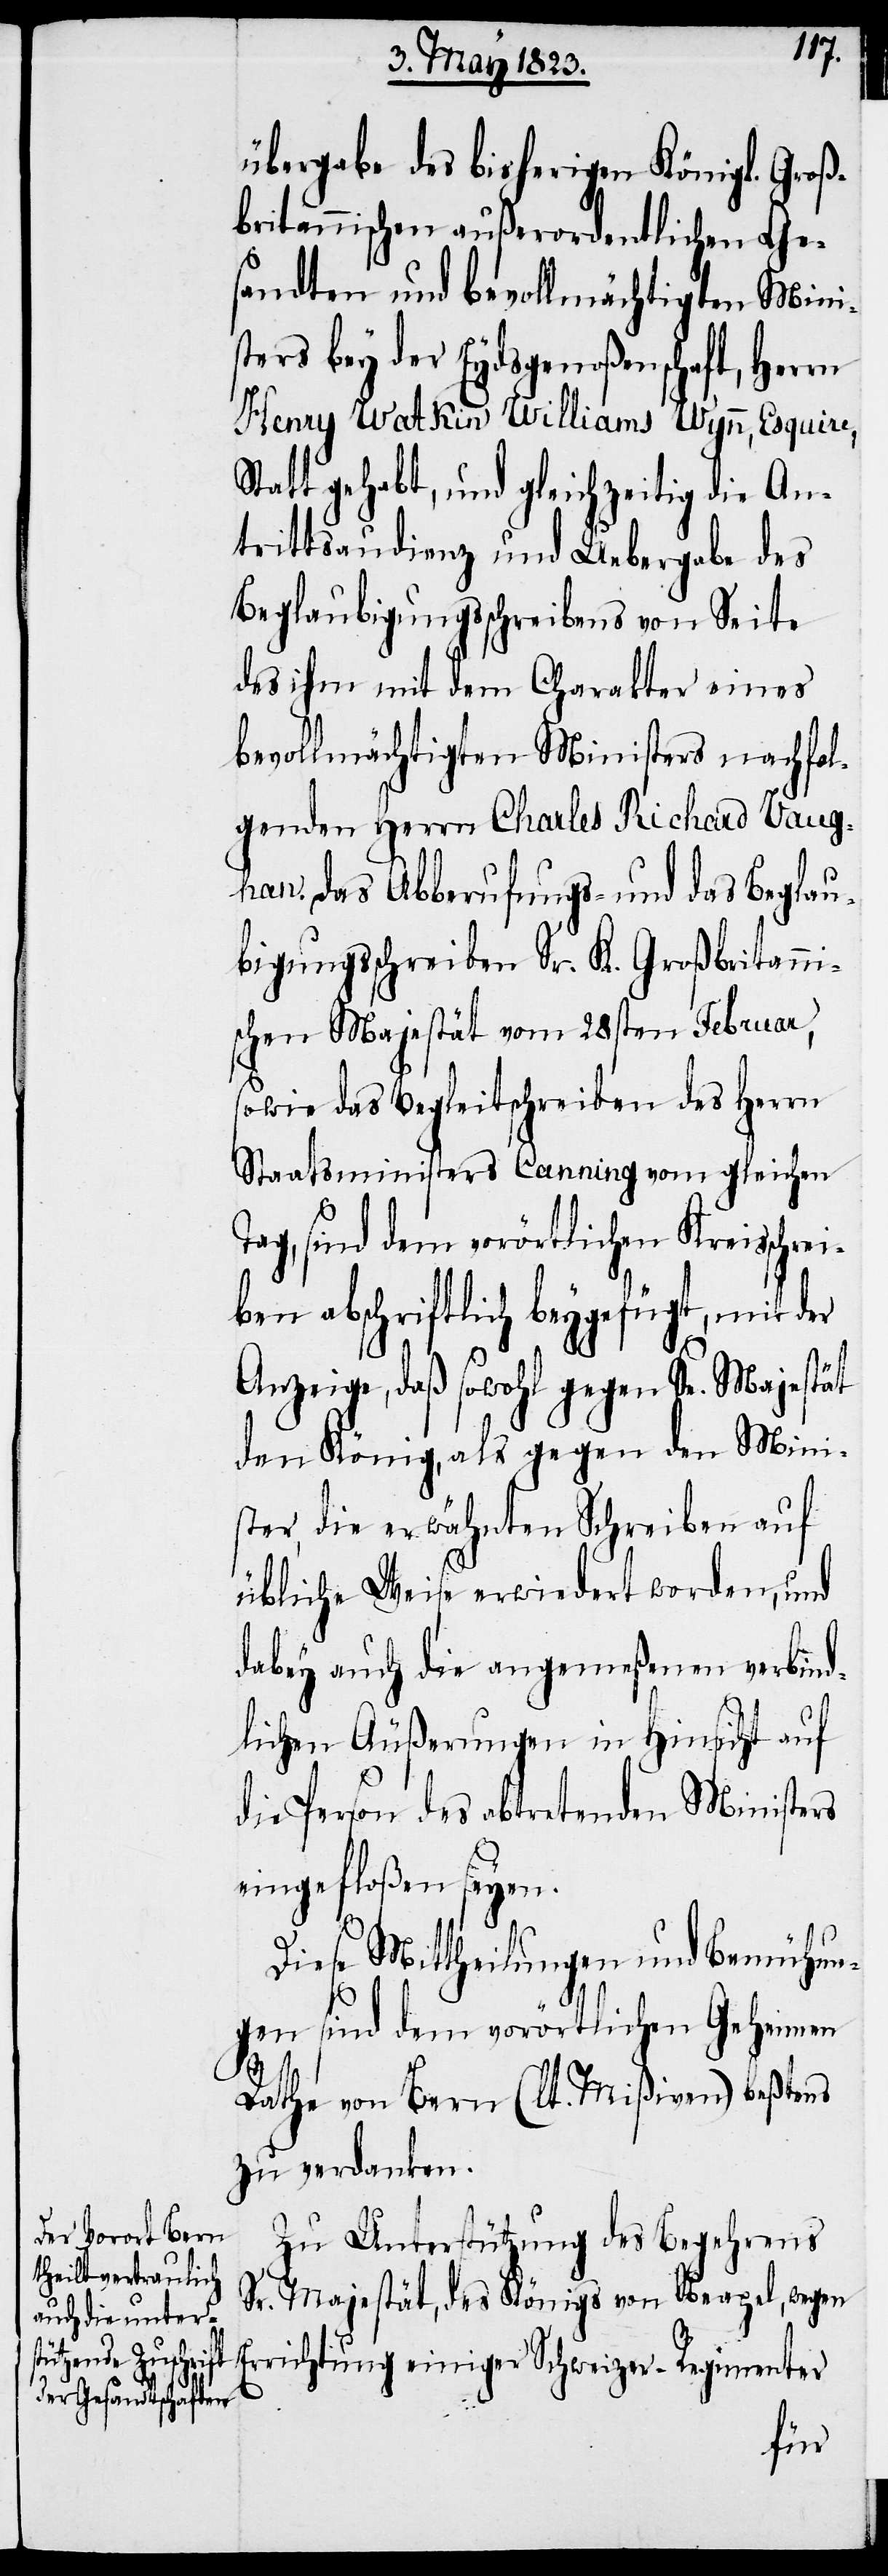
übergabe des bisherigen Königl. Groß¬
britannischen außerordentlichen Ge¬
sandten und bevollmächtigten Mini¬
sters bey der Eydsgenoßenschaft, Herrn
Henry Watkin Williams Wynn, Esquire,
Statt gehabt, und gleichzeitig die An¬
trittsaudienz und Uebergabe des
Beglaubigungsschreibens von Seite
des ihm mit dem Charakter eines
bevollmächtigten Ministers nachfol¬
genden Herrn Charles Richard Vaug¬
han, das Abberufungs- und das Beglau¬
bigungsschreiben Sr. K. Großbritanni¬
schen Majestät vom 28sten Februar,
sowie das Begleitschreiben des Herrn
Staatsministers Canning vom gleichen
Tag, sind dem vorörtlichen Kreisschre¬
iben abschriftlich beygefügt, mit der
Anzeige, daß sowohl gegen Se. Majestät
den König, als gegen den Mini¬
ster, die erwähnten Schreiben auf
übliche Weise erwiedert worden, und
dabey auch die angemeßenen verbind¬
lichen Äußerungen in Hinsicht auf
die Person des abtretenden Ministers
eingefloßen seyen.
Diese Mittheilungen und Bemühun¬
gen sind dem vorörtlichen Geheimen
Rathe von Bern (lt. Mißiven) beßtens
zu verdanken.
Zu Unterstützung des Begehrens
Sr. Majestät, des Königs von Neapel, wegen
Errichtung einiger Schweizer-Regimenter